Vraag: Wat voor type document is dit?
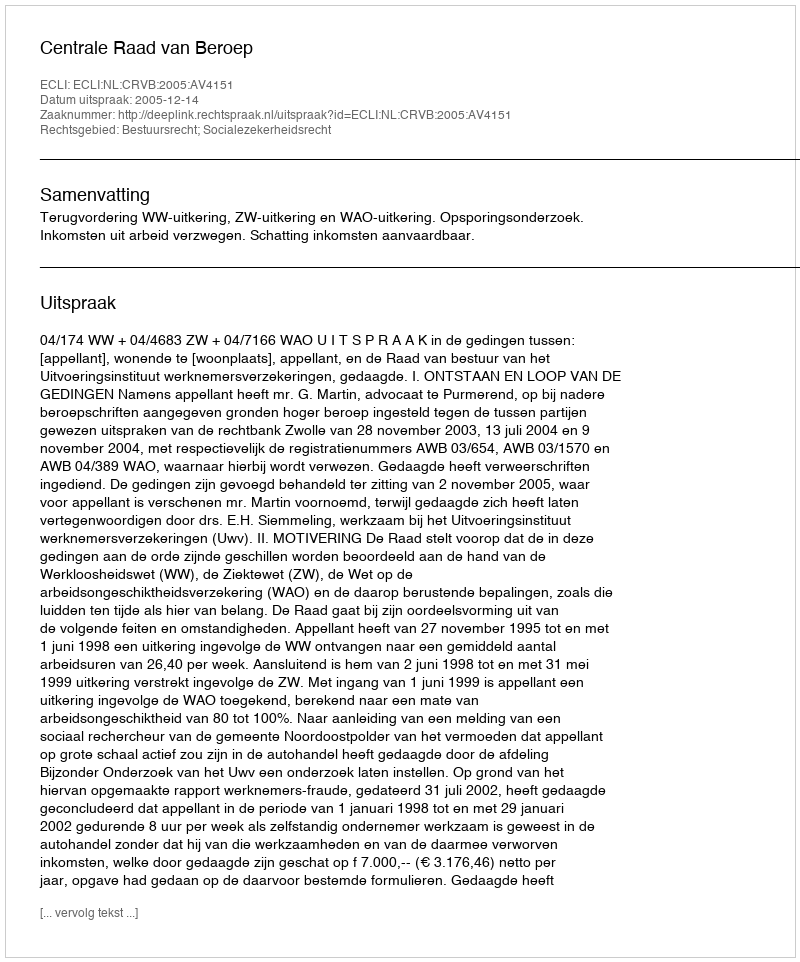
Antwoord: Uitspraak